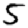
Digit: 5